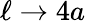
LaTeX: \ell\to 4a